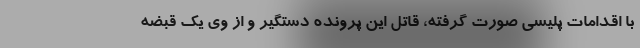
با اقدامات پلیسی صورت گرفته، قاتل این پرونده دستگیر و از وی یک قبضه